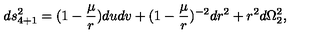
d s _ { 4 + 1 } ^ { 2 } = ( 1 - { \frac { \mu } { r } } ) d u d v + ( 1 - { \frac { \mu } { r } } ) ^ { - 2 } d r ^ { 2 } + r ^ { 2 } d \Omega _ { 2 } ^ { 2 } ,